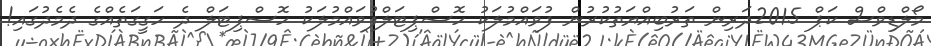
މޯލްޑިވްސް ކަޕް 2015ދަރިން ތަރުބިއްޔަތުކުރުން ފުވައްމުލަކު ހޮސްޕިޓަލްފުވައްމުލަކު ހޮސްޕިޓަލް ދެ ހަގީގަތެއްގެ ދެމެދުގައި!